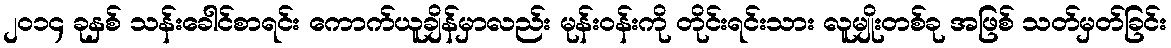
၂၀၁၄ ခုနှစ် သန်းခေါင်စာရင်း ကောက်ယူချိန်မှာလည်း မုန်းဝန်းကို တိုင်းရင်းသား လူမျိုးတစ်ခု အဖြစ် သတ်မှတ်ခြင်း